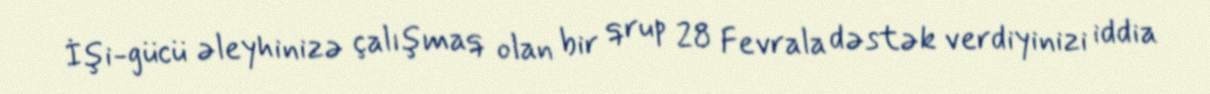
İşi-gücü əleyhinizə çalışmaq olan bir qrup 28 Fevrala dəstək verdiyinizi iddia